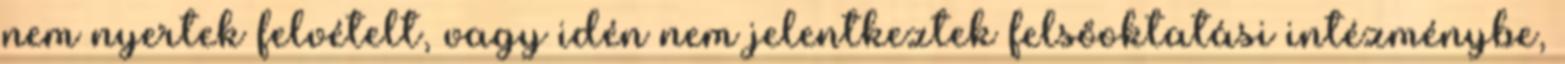
nem nyertek felvételt, vagy idén nem jelentkeztek felsőoktatási intézménybe,